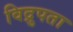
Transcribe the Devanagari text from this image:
विद्रुपता